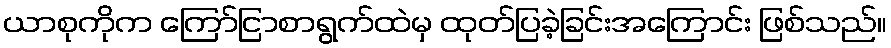
ယာစုကိုက ကြော်ငြာစာရွက်ထဲမှ ထုတ်ပြခဲ့ခြင်းအကြောင်း ဖြစ်သည်။